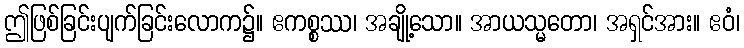
ဤဖြစ်ခြင်းပျက်ခြင်းလောက၌။ ဧကစ္စဿ၊ အချို့သော။ အာယသ္မတော၊ အရှင်အား။ ဧဝံ၊